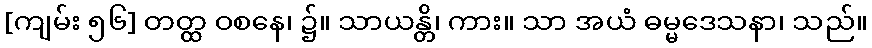
[ကျမ်း ၅၆] တတ္ထ ဝစနေ၊ ၌။ သာယန္တိ၊ ကား။ သာ အယံ ဓမ္မဒေသနာ၊ သည်။